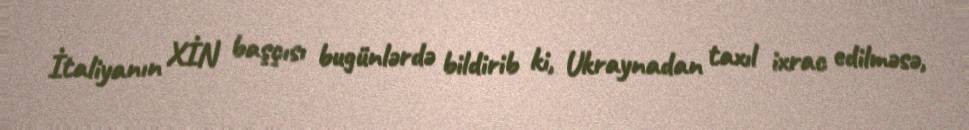
İtaliyanın XİN başçısı bugünlərdə bildirib ki, Ukraynadan taxıl ixrac edilməsə,